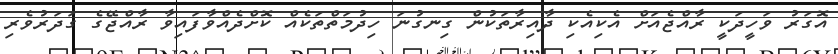
އޮގަރު ވަހީދަކީ ރާއްޖެއަށް އެކިއެކި ދާއިރާތަކުން ގިނގުނަ ހިދުމަތްތަކެއް ކޮށްދެއްވާފައިވާ ރާއްޖޭގެ ގަދަރުވެރި